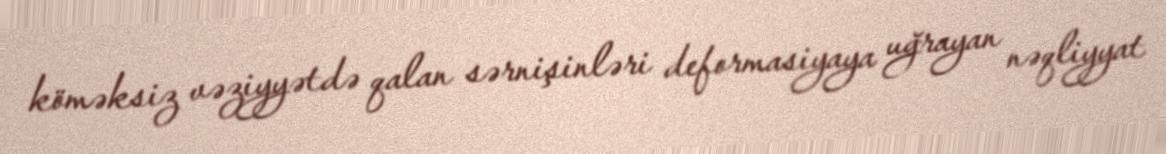
köməksiz vəziyyətdə qalan sərnişinləri deformasiyaya uğrayan nəqliyyat